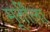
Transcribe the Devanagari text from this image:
मूर्तींला